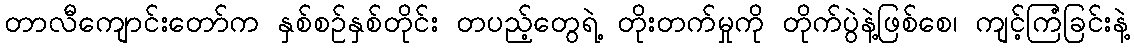
တာလီကျောင်းတော်က နှစ်စဉ်နှစ်တိုင်း တပည့်တွေရဲ့ တိုးတက်မှုကို တိုက်ပွဲနဲ့ဖြစ်စေ၊ ကျင့်ကြံခြင်းနဲ့